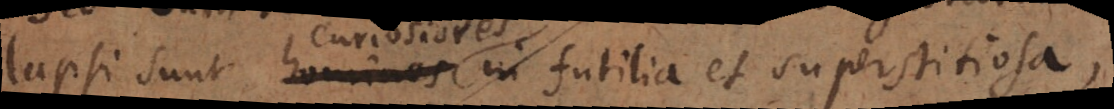
lapsi sunt homines curiosiores in futilia et superstitiosa,